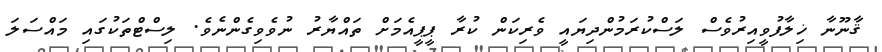
ޤާނޫނާ ޚިލާފުވީއިރުވެސް ލަސްކުރަމުންދިޔައީ ވެރިކަން ކުރާ ޕީޕީއެމަށް ތައްޔާރު ނުވެވިގެންނެވެ. ލިސްޓްތަކުގައި މައްސަލަ